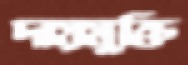
দায়মুক্তি